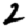
Digit: 2